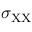
\sigma _ { \mathrm { X X } }